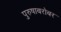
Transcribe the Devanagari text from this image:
पुरुषाबरोबर